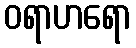
ဝရာဟရော